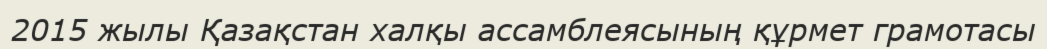
2015 жылы Қазақстан халқы ассамблеясының құрмет грамотасы